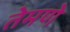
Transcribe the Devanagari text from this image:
तेमणे